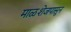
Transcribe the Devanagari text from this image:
माळशेजपासून